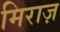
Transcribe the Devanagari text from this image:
मिराज़